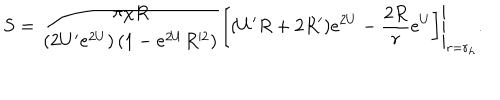
S = \left. \frac { \pi \chi R } { \left( 2 U ^ { \prime } e ^ { 2 U } \right) \left( 1 - e ^ { 2 U } R ^ { 2 } \right) } \left[ ( U ^ { \prime } R + 2 R ^ { \prime } ) e ^ { 2 U } - { \frac { 2 R } { r } } e ^ { U } \right] \right| _ { r = r _ { h } } .